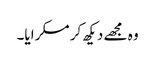
وہ مجھے دیکھ کر مسکرایا۔